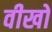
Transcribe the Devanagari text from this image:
वीखो